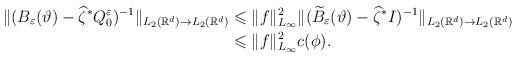
LaTeX: \begin{align*}\Vert ( B_\varepsilon (\vartheta)-\widehat{\zeta}^*Q_0^\varepsilon )^{-1}\Vert _{L_2(\mathbb{R}^d)\rightarrow L_2(\mathbb{R}^d)}&\leqslant \Vert f\Vert ^2_{L_\infty}\Vert (\widetilde{B}_\varepsilon (\vartheta)-\widehat{\zeta}^* I)^{-1}\Vert _{L_2(\mathbb{R}^d)\rightarrow L_2(\mathbb{R}^d)}\\&\leqslant \Vert f\Vert ^2_{L_\infty}c(\phi).\end{align*}